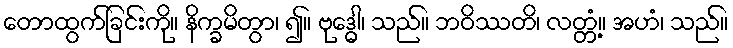
တောထွက်ခြင်းကို။ နိက္ခမိတွာ၊ ၍။ ဗုဒ္ဓေါ၊ သည်။ ဘဝိဿတိ၊ လတ္တံ့။ အဟံ၊ သည်။